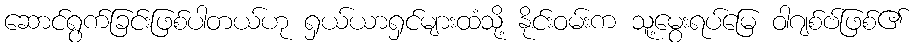
ဆောင်ရွက်ခြင်းဖြစ်ပါတယ်ဟု ရှယ်ယာရှင်များထံသို့ နိုင်းဝမ်းက သူ့မွေးရပ်မြေ ဝါဂျစ်ဗ်ဖြစ်၏